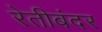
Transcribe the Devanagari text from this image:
रेतीबंदर